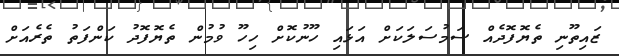
ޒައިތޫނި ތެޔޮފޮދެއް ސަމުސަލަކަށް އަޅައި ހޫނުކޮށް ހިހޫ ވުމުން ތެޔޮފޮދު ކަންފަތު ތެރެއަށް